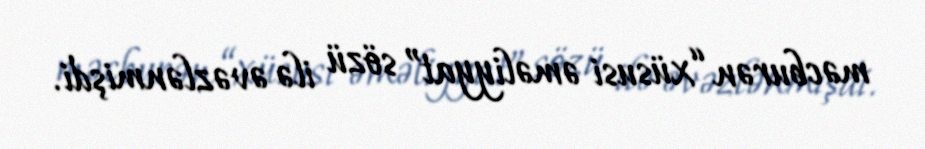
məcburən “xüsusi əməliyyat” sözü ilə əvəzlənmişdi.